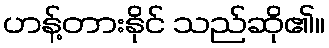
ဟန့်တားနိုင် သည်ဆို၏။